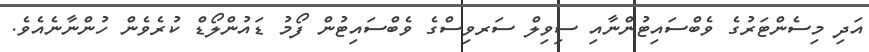
އަދި މިސެންޓަރުގެ ވެބްސައިޓުންނާއި ސިވިލް ސަރވިސްގެ ވެބްސައިޓުން ފޯމު ޑައުންލޯޑް ކުރެވެން ހުންނާނެއެވެ.